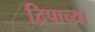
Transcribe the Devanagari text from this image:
द्विपाच्या